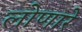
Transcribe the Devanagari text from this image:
लोणारे